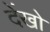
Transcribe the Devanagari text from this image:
देंखो